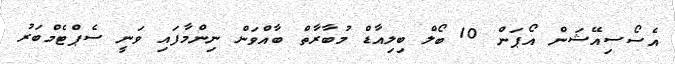
އެސޯސިއޭޝަން އޯޕަން 10 ބޯލް ބިލިއާޑް މުބާރާތް ބާއްވަން ނިންމާފައި ވަނީ ސެޕްޓެމްބަރު